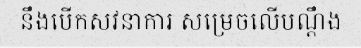
នឹងបើកសវនាការ សម្រេចលើបណ្តឹង